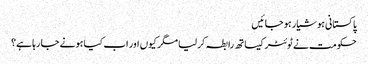
پاکستانی ہوشیار ہو جائیں
حکومت نے ٹوئٹر کیساتھ رابطہ کر لیا مگر کیوں اور اب کیا ہونے جا رہا ہے؟